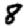
Digit: 8